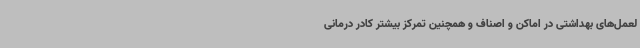
لعمل‌های بهداشتی در اماکن و اصناف و همچنین تمرکز بیشتر کادر درمانی